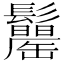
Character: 𩯾